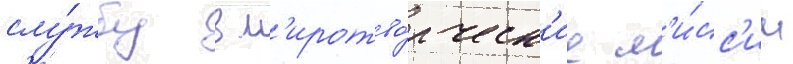
слу́жбу в м'иротво́рческ'ие м'и́сс'ии